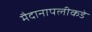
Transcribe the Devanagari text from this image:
मैदानापलीकडे